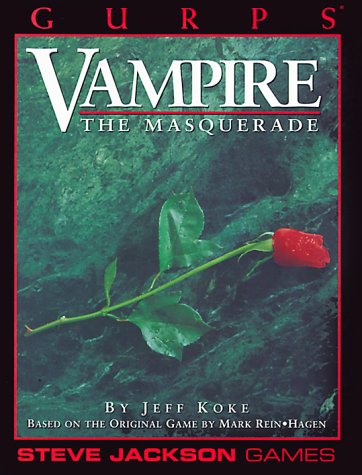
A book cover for GURPS Vampire The Masquerade *OP (GURPS: Generic Universal Role Playing System); Jeff Koke; Science Fiction & Fantasy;